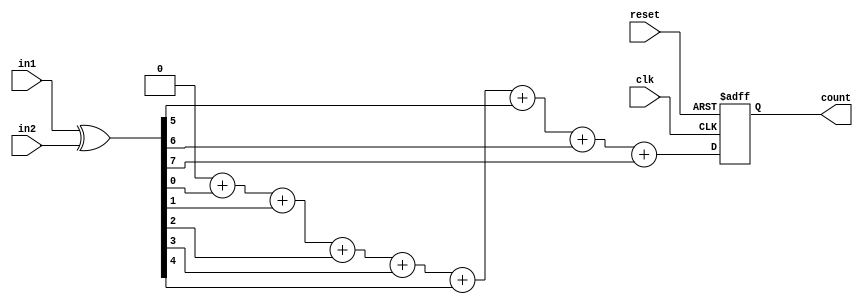
module similariy (
    clk,
    reset,
    in1,
    in2,
    count
);
    parameter N = 8;

    input clk, reset;
    input [N-1:0] in1;
    input [N-1:0] in2;
    output reg [N-1:0] count;     // TODO

    reg [N-1:0] diff;
    integer sum;
    integer i;
    
    always @(posedge clk, posedge reset) begin
        if (reset) begin
            count <= 0;
        end else begin
            count <= sum;
        end
    end

    always @(*) begin
        diff = in1 ^ in2;
        sum = 0;
        for (i = 0; i < N; i = i + 1) begin
            sum = sum + diff[i];
        end
    end
endmodule